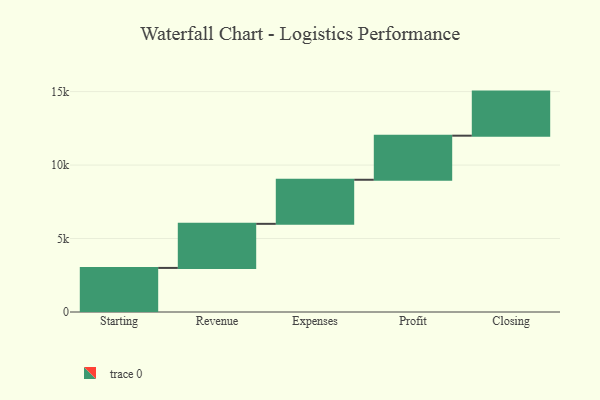
{"axis": {"x": "Step", "y": "Value"}, "legend": [""], "data": [{"x": "Starting", "y": 3000, "type": ""}, {"x": "Revenue", "y": 3000, "type": ""}, {"x": "Expenses", "y": 3000, "type": ""}, {"x": "Profit", "y": 3000, "type": ""}, {"x": "Closing", "y": 3000, "type": ""}]}